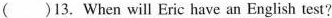
()13. When will Eric have an English test?